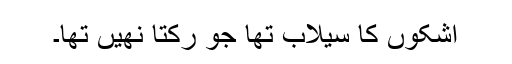
اشکوں کا سیلاب تھا جو رکتا نھیں تھا۔